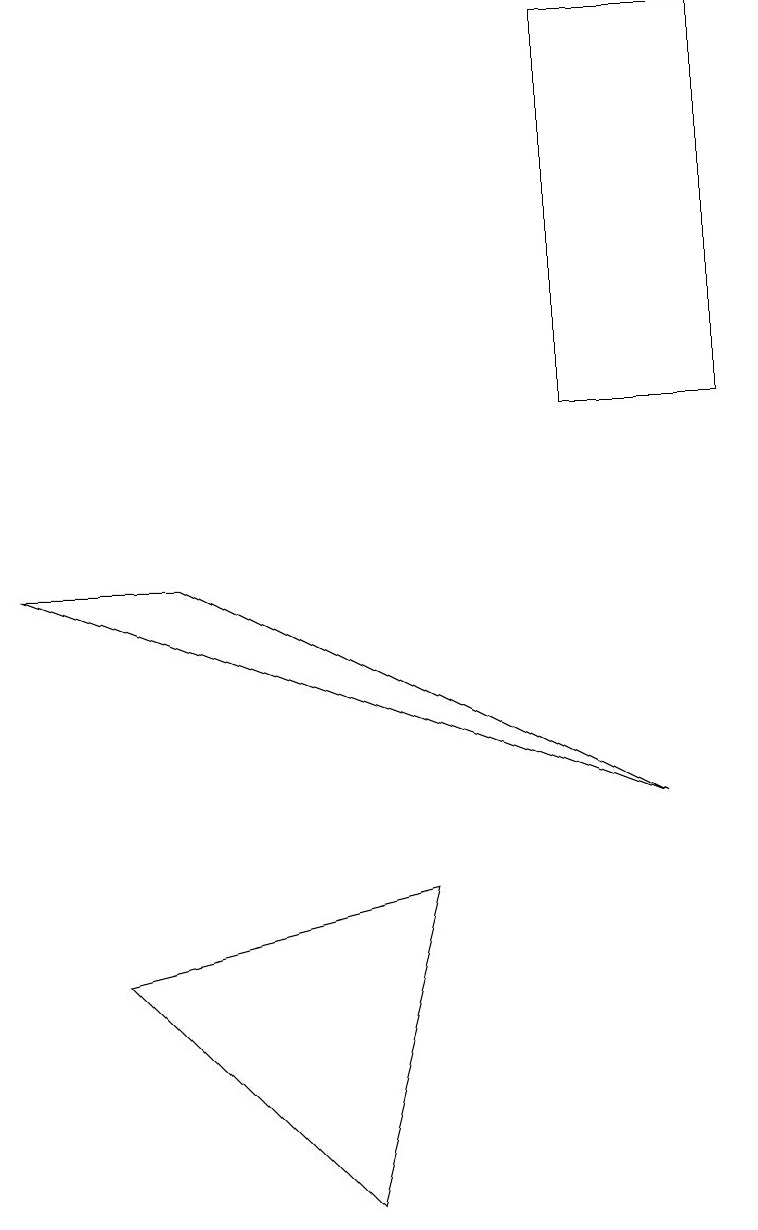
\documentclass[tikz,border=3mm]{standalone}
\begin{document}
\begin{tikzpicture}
\draw (4,1) -- (5,5) -- (1,4) -- cycle;
\draw (7,16) rectangle (9,11);
\draw (0,9) -- (2,9) -- (8,6) -- cycle;
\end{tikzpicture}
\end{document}